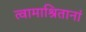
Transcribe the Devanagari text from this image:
त्वामाश्रितानां